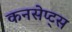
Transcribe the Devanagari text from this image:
कनसेप्ट्स